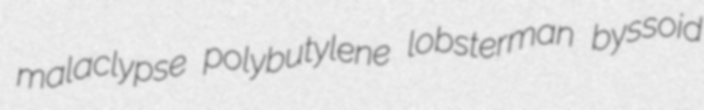
malaclypse polybutylene lobsterman byssoid